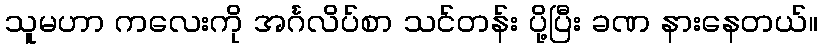
သူမဟာ ကလေးကို အင်္ဂလိပ်စာ သင်တန်း ပို့ပြီး ခဏ နားနေတယ်။